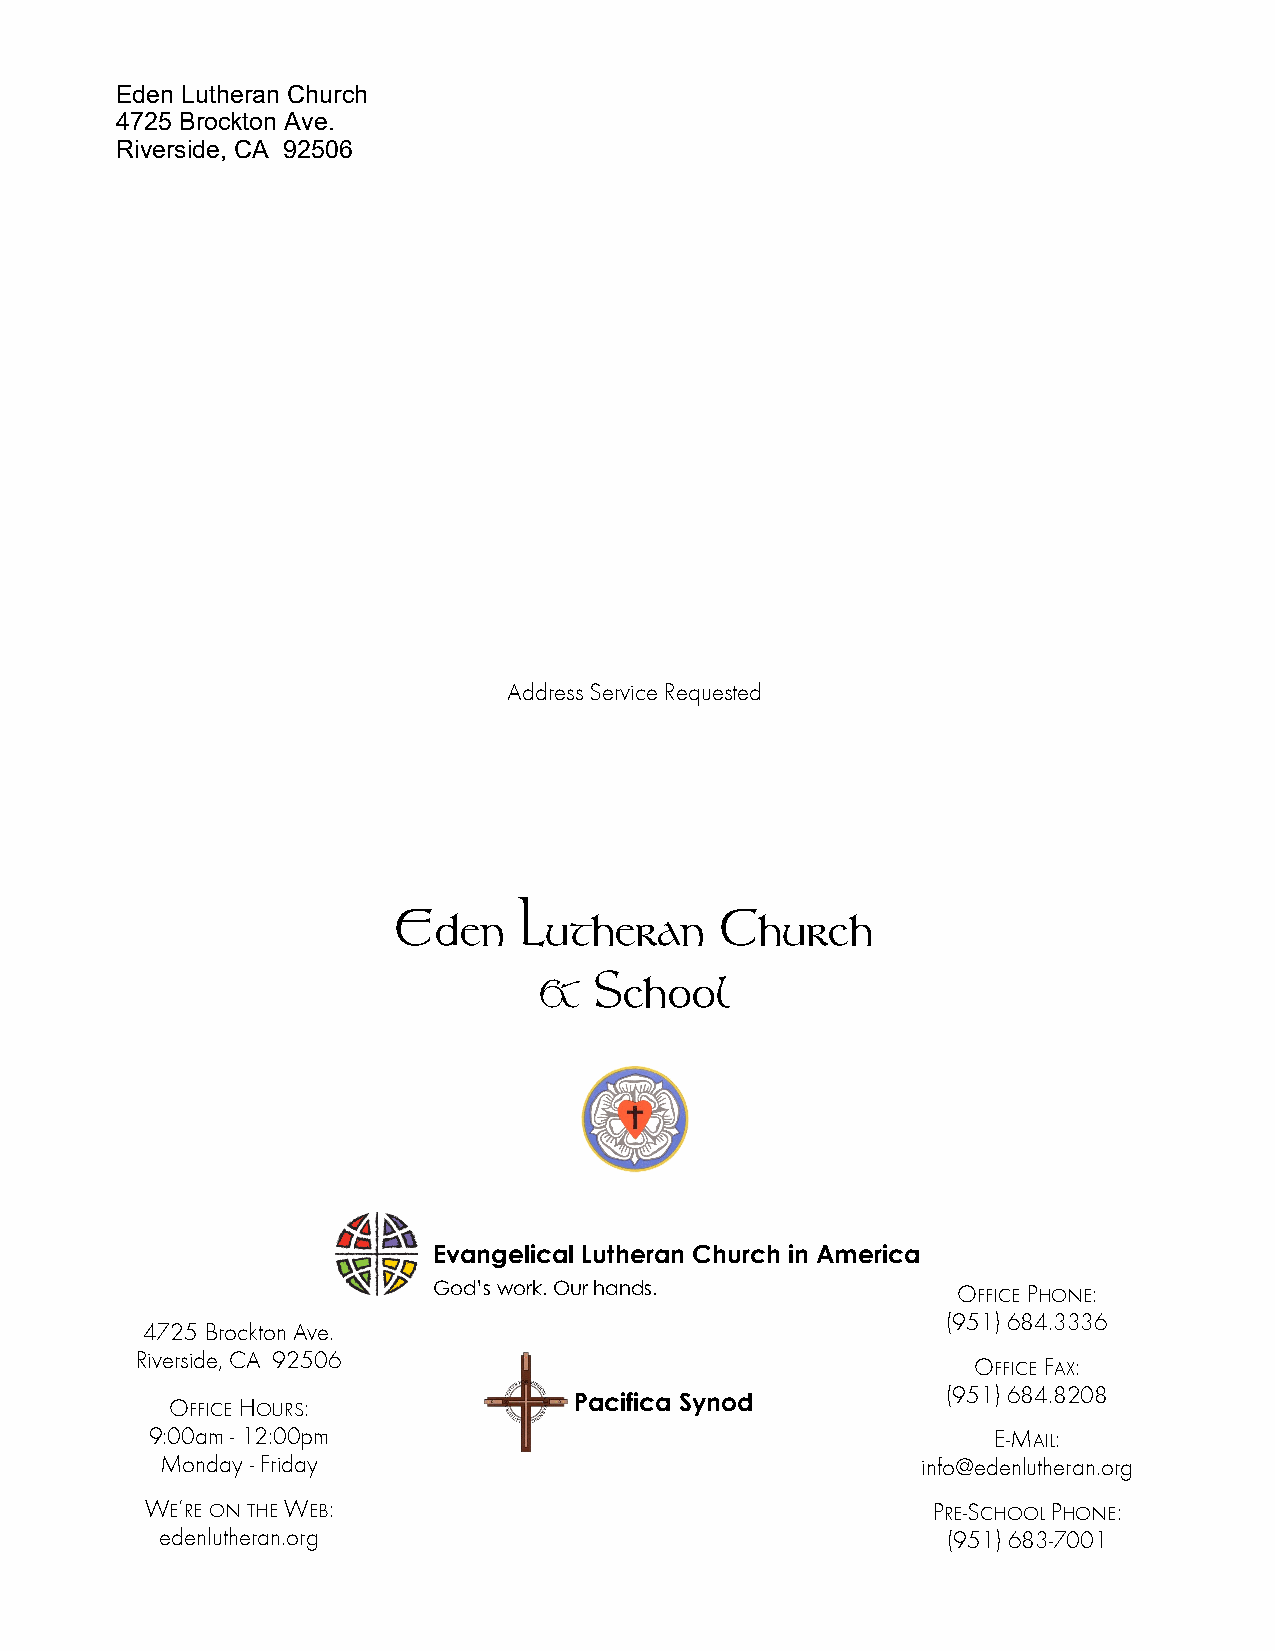
Eden Lutheran Church
 4725 Brockton Ave.
 Riverside, CA 92506
 Address Service Requested
 Eden    Lutheran      Church
 &
 School
 Evangelical Lutheran Church in America
 God’s work. Our hands.            OFFICE PHONE:
 (951) 684.3336
 4725 Brockton Ave.
 Riverside, CA 92506
 OFFICE FAX:
 (951) 684.8208
 OFFICE HOURS:              Pacifica Synod
 9:00am - 12:00pm                                        E-MAIL:
 Monday - Friday                                   info@edenlutheran.org
 WE’RE ON THE WEB:                                   PRE-SCHOOL PHONE:
 edenlutheran.org                                    (951) 683-7001